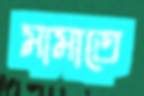
মামাতে